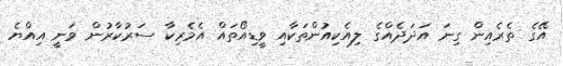
އޭގެ ތެރެއިން ގިނަ އަދަދެއްގެ ލިއެކިއުންތަކާއި ވީޑިއޯތައް އެމެރިކާ ސަރުކާރުން ވަނީ އިއްޔެ